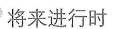
将来进行时